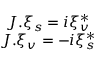
\begin{array} { c } { { J . \xi _ { s } = i \xi _ { v } ^ { * } } } \\ { { J . \xi _ { v } = - i \xi _ { s } ^ { * } } } \end{array}